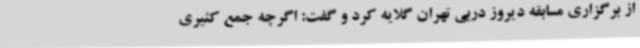
از برگزاری مسابقه دیروز دربی تهران گلایه کرد و گفت: اگرچه جمع کثیری